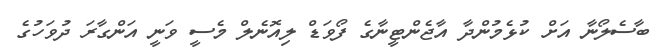
ބާސެލޯނާ އަށް ކުޅެމުންދާ އާޖެންޓީނާގެ ފޯވަޑް ލިއޮނެލް މެސީ ވަނީ އަންގާރަ ދުވަހުގެ